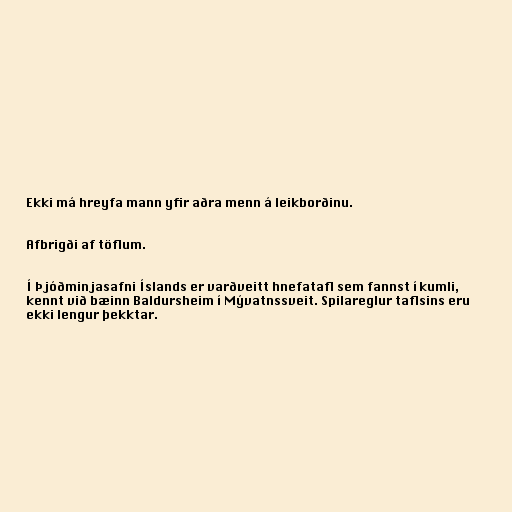
Ekki má hreyfa mann yfir aðra menn á leikborðinu.

Afbrigði af töflum.

Í Þjóðminjasafni Íslands er varðveitt hnefa­tafl sem fannst í kumli,
kennt við bæinn Baldursheim í Mý­vatnssveit. Spilareglur taflsins eru
ekki lengur þekktar.